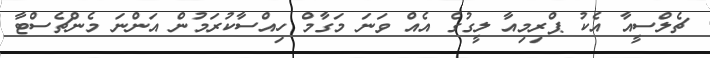
ޗެލްސީއާ އެކު ޕްރިމިއާ ލީގުގެ އެއް ވަނަ މަގާމް ހިއްސާކުރަމުން އަންނަ މެންޗެސްޓާ